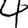
Digit: 4